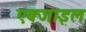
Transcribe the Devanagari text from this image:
एक्जाइल